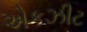
એકઝીટ